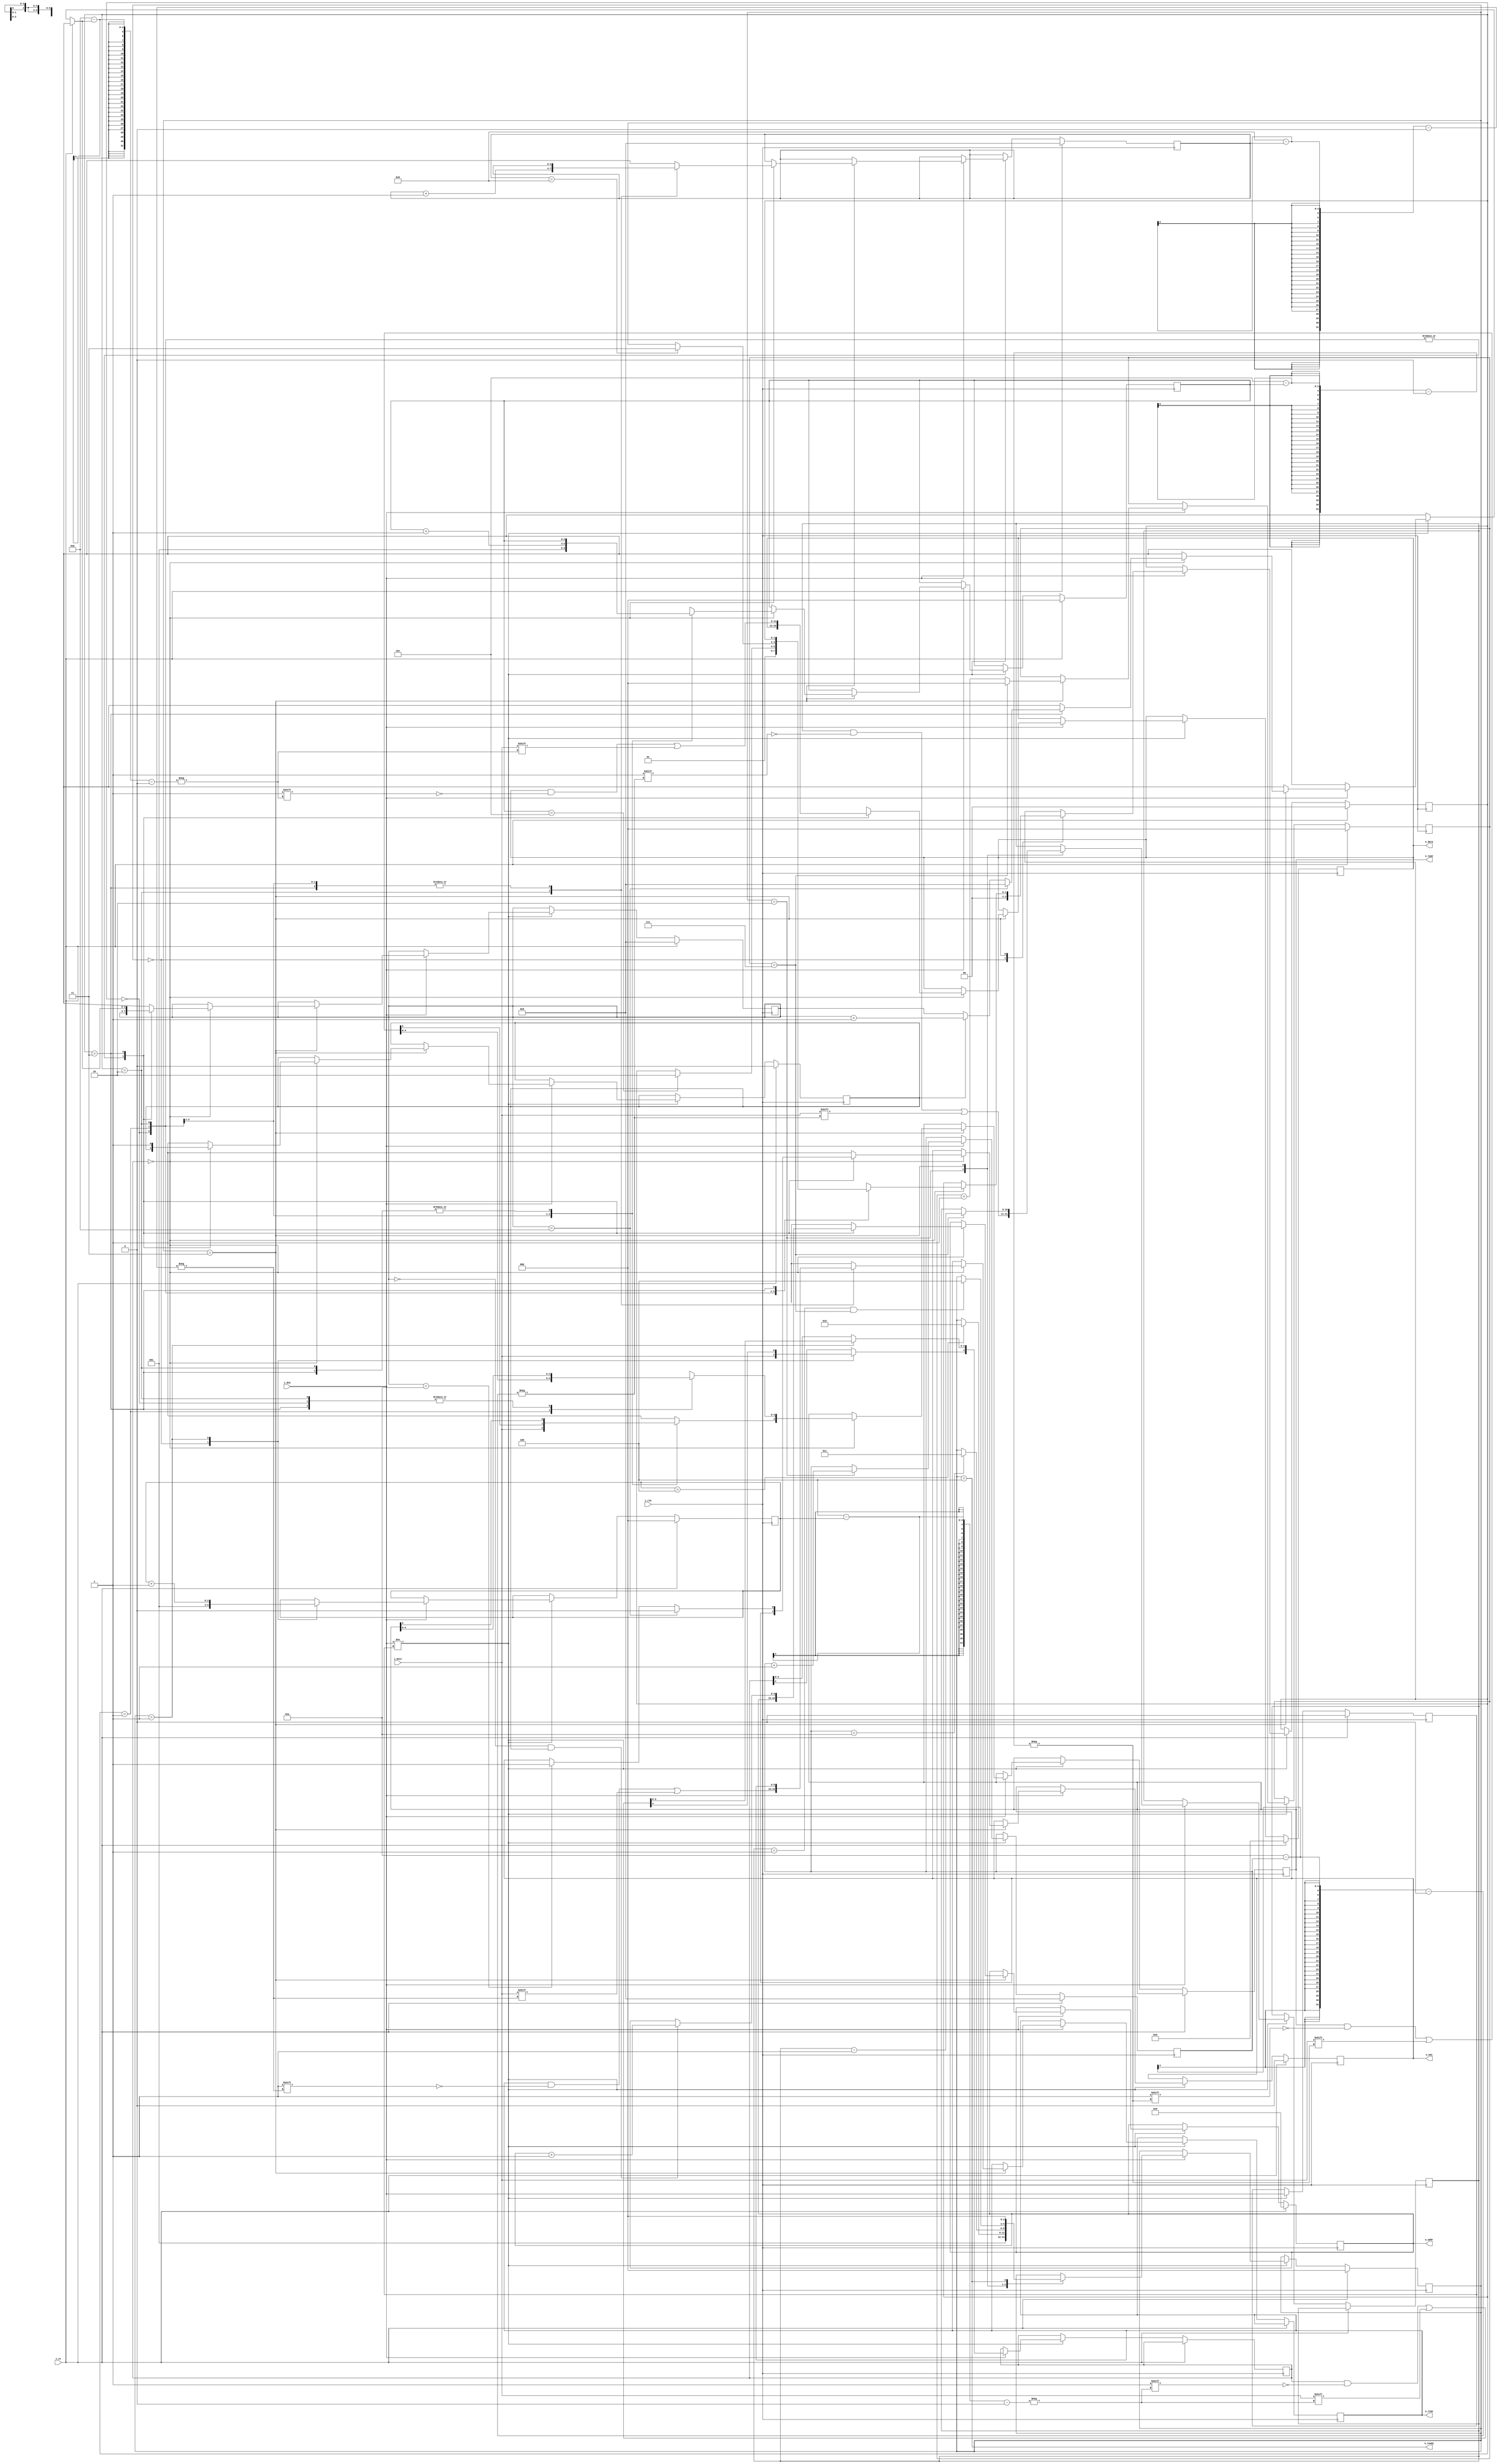
module protocol #(
  parameter c_ledboards = 30,
  parameter c_bpc = 12,
  parameter c_max_time = 1024,
  parameter c_max_type = 64,
  parameter c_channels = c_ledboards * 32,
  parameter c_addr_w = $clog2(c_channels),
  parameter c_time_w = $clog2(c_max_time),
  parameter c_type_w = $clog2(c_max_type)
)(
  input i_clk,
  input i_dck,
  input i_cs,
  input i_mosi,
  output o_wen,
  output [c_addr_w-1:0] o_addr,
  output [c_bpc-1:0] o_data,
  output [c_time_w-1:0] o_time,
  output [c_type_w-1:0] o_type,
  output o_ready // TODO: TEMP? note: ready pulse comes at same time as last write, not after!
);

  reg r_prev_dck = 0;

  localparam c_command_bits = 5;
  localparam c_length_bits = 11;
  localparam c_kf_type_bits = 6;
  localparam c_kf_duration_bits = 10;

  localparam c_command_bit_w = $clog2(c_command_bits);
  localparam c_length_bit_w = $clog2(c_length_bits);
  localparam c_kf_type_bit_w = $clog2(c_kf_type_bits);
  localparam c_kf_duration_bit_w = $clog2(c_kf_duration_bits);

  reg [c_command_bits-1:0] r_command = 0;
  reg [c_length_bits-1:0] r_length = 0;
  reg [c_kf_type_bits-1:0] r_kf_type = 0;
  reg [c_kf_duration_bits-1:0] r_kf_duration = 0;

  reg [c_command_bit_w-1:0] r_command_bit = 0;
  reg [c_length_bit_w-1:0] r_length_bit = 0;
  reg [c_kf_type_bit_w-1:0] r_kf_type_bit = 0;
  reg [c_kf_duration_bit_w-1:0] r_kf_duration_bit = 0;
  reg r_kf_flag = 0;

  reg [2:0] r_bitcount = 0;

  reg r_wen = 0;
  reg [c_addr_w-1:0] r_addr = 0;
  reg [c_bpc-1:0] r_data = 0;

  reg [3:0] r_databit = 0;
  
  localparam s_global_wait = 3'd0;
  localparam s_global_command = 3'd1;
  localparam s_global_length = 3'd2;
  localparam s_global_execute = 3'd3;
  localparam s_global_ready = 3'd4;
  reg [2:0] r_global_state = s_global_wait;
  
  localparam s_keyframe_wait = 2'd0;
  localparam s_keyframe_type = 2'd1;
  localparam s_keyframe_duration = 2'd2;
  localparam s_keyframe_data = 2'd3;
  reg [1:0] r_keyframe_state = s_keyframe_wait;

  localparam c_command_keyframe = 5'd0;

  always @(posedge i_clk) begin
    if (i_cs == 0) begin
      if (i_dck != r_prev_dck) begin
        r_prev_dck = i_dck;
        if(i_dck == 1) begin
          receiveBit(i_mosi);
        end 
      end 
    end else begin
      // TODO to be checked in HW if this is okay, depending on how fast CS goes up again
      r_prev_dck = 0;
      r_global_state = s_global_wait;
      r_keyframe_state = s_keyframe_wait;
      r_command_bit = 0;
      r_length_bit = 0;
      r_kf_type_bit = 0;
      r_kf_duration_bit = 0;
      r_kf_flag = 0;
      r_bitcount = 0;
      r_databit = 0;
      r_wen = 0;
      r_addr = 0;
      r_data = 0;
    end
  end

  task receiveBit;
    input i_bit;
    begin
      case (r_global_state)
        s_global_wait: begin
          r_global_state = s_global_command;
          r_command[c_command_bits - 1] = i_bit;
          r_command_bit = 1;
          r_keyframe_state = s_keyframe_wait;
        end
        s_global_command: begin
          if (r_command_bit == c_command_bits - 1) begin
            r_global_state = s_global_length;
          end
          r_command[c_command_bits - 1 - r_command_bit] = i_bit;
          r_command_bit = r_command_bit + 1;
        end
        s_global_length: begin
          if (r_length_bit == c_length_bits - 1) begin
            r_global_state = s_global_execute;
          end
          r_length[c_length_bits - 1 - r_length_bit] = i_bit;
          r_length_bit = r_length_bit + 1;
        end
        s_global_execute: begin
          if (r_length == 1 && r_bitcount == 7) begin
            r_global_state = s_global_ready;
          end
          if (r_bitcount == 7) begin
            r_length = r_length - 1; 
            r_bitcount = 0;
          end else begin
            r_bitcount = r_bitcount + 1;
          end
          messagePump(i_bit);
        end
        s_global_ready: begin
          r_global_state = s_global_wait;
        end
        default: begin
        end
      endcase
    end
  endtask

  task messagePump;
    input i_bit;
    case (r_command)
      c_command_keyframe: begin
        receiveKeyframe(i_bit);
      end
      default: begin
      end
    endcase
  endtask

  task receiveKeyframe;
    input i_bit;
    begin
      case (r_keyframe_state)
        s_keyframe_wait: begin
          r_keyframe_state = s_keyframe_type;
          r_kf_type[c_kf_type_bits - 1] = i_bit;
          r_kf_type_bit = 1;
        end
        s_keyframe_type: begin
          if (r_kf_type_bit == c_kf_type_bits - 1) begin
            r_keyframe_state = s_keyframe_duration;
          end
          r_kf_type[c_kf_type_bits - 1 - r_kf_type_bit] = i_bit;
          r_kf_type_bit = r_kf_type_bit + 1;
        end
        s_keyframe_duration: begin
          if (r_kf_duration_bit == c_kf_duration_bits - 1) begin
            r_keyframe_state = s_keyframe_data;
          end
          r_kf_duration[c_kf_duration_bits - 1 - r_kf_duration_bit] = i_bit;
          r_kf_duration_bit = r_kf_duration_bit + 1;
        end
        s_keyframe_data: begin
          if (r_databit == 0 && r_kf_flag == 1) begin
            r_addr = r_addr + 1;
          end
          if (r_databit == c_bpc - 2) begin
            r_wen = 1;
          end
          if (r_databit == c_bpc - 1) begin
            r_databit = 0; 
            r_wen = 0;
          end else begin
            if (r_kf_flag == 1) begin
              r_databit = r_databit + 1;
            end
          end
          r_data[c_bpc - 1 - r_databit] = i_bit; 
          r_kf_flag = 1;
        end
        default: begin
        end
      endcase
    end
  endtask

  assign o_wen = r_wen;
  assign o_addr = r_addr;
  assign o_data = r_data;
  assign o_time = r_kf_duration;
  assign o_type = r_kf_type;
  assign o_ready = (r_global_state == s_global_ready);

endmodule